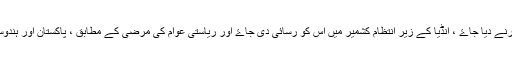
اس حکومت کو آزاد حکومت تسلیم کیا جاۓ ، ساری دنیا میں حق خود ارادیت کا کیس پیش کرنے دیا جاۓ ، انڈیا کے زیر انتظام کشمیر میں اس کو رسائی دی جاۓ اور ریاستی عوام کی مرضی کے مطابق ، پاکستان اور ہندوستان کے انسان دوست طبقہ کی حمایت سے کسی مستقل اور پائیدار حل کی طرف بڑھا جاۓ۔